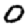
Digit: 0